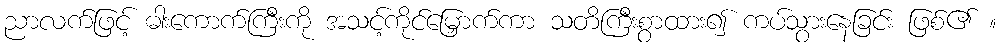
ညာလက်ဖြင့် ဓါးကောက်ကြီးကို အသင့်ကိုင်မြှောက်ကာ သတိကြီးစွာထား၍ ကပ်သွားနေခြင်း ဖြစ်၏ ။